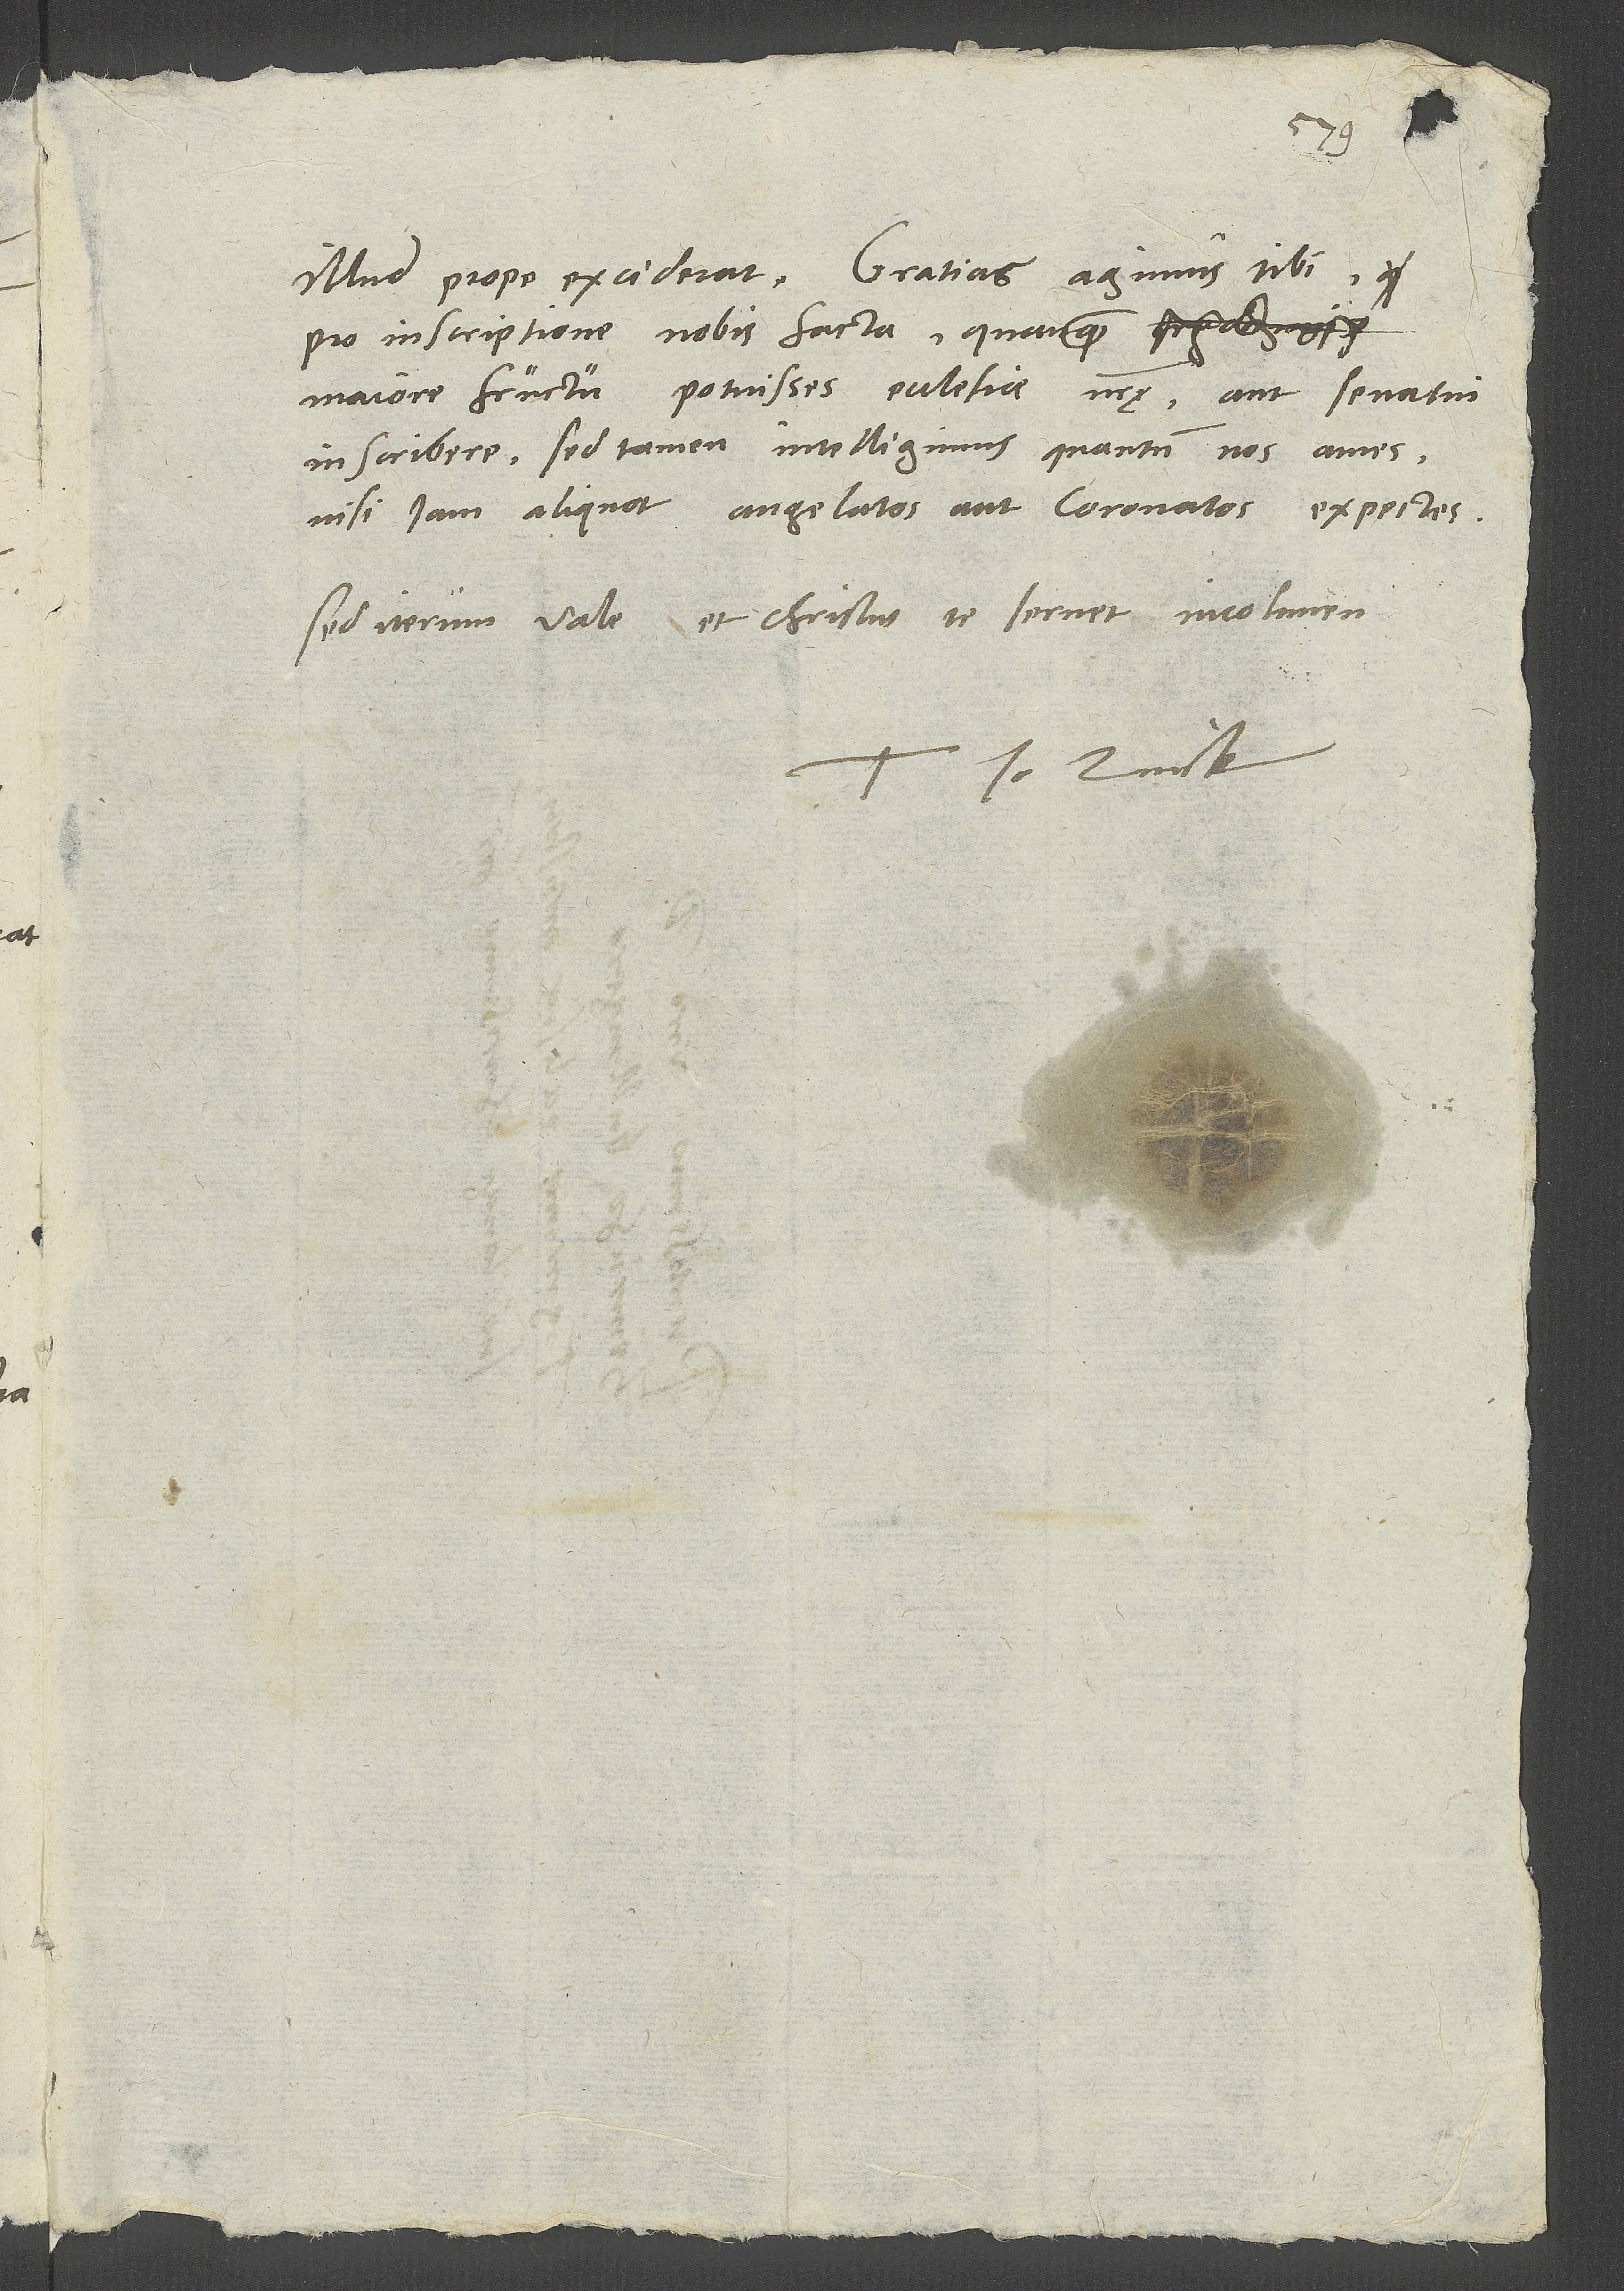
1535.
Illud prope exciderat: Gratias agimus tibi
pro inscriptione nobis facta, quanquam
maiore fructu potuisses ecclesiae nostrę aut senatui
nisi iam aliquot angelatos aut coronatos expectes.
Sed iterum vale, et Christus te servet incolumem.
Tuus Io. Zvick.